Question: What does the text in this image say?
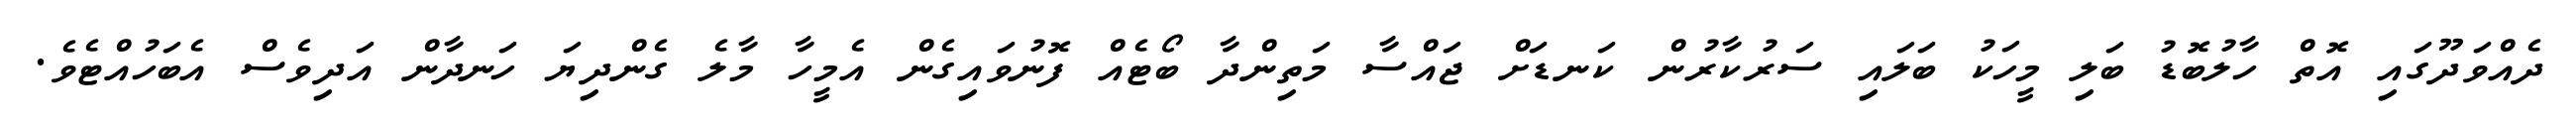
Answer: ދެއްވަދޫގައި އޮތް ހާލުބޮޑު ބަލި މީހަކު ބަލައި ސަރުކާރުން ކަނޑަށް ޖައްސާ މަތިންދާ ބޯޓެއް ފޮނުވައިގެން އެމީހާ މާލެ ގެންދިޔަ ހަނދާން އަދިވެސް އެބަހުއްޓެވެ.